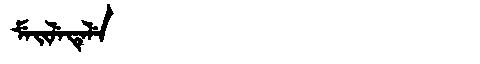
Manchu: ᠮᡝᡳᠯᡝᡨᡝᠯᡝ
Romanization: MEILETELE